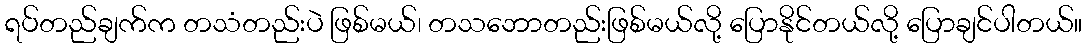
ရပ်တည်ချက်က တသံတည်းပဲ ဖြစ်မယ်၊ တသဘောတည်းဖြစ်မယ်လို့ ပြောနိုင်တယ်လို့ ပြောချင်ပါတယ်။